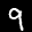
Label: 9